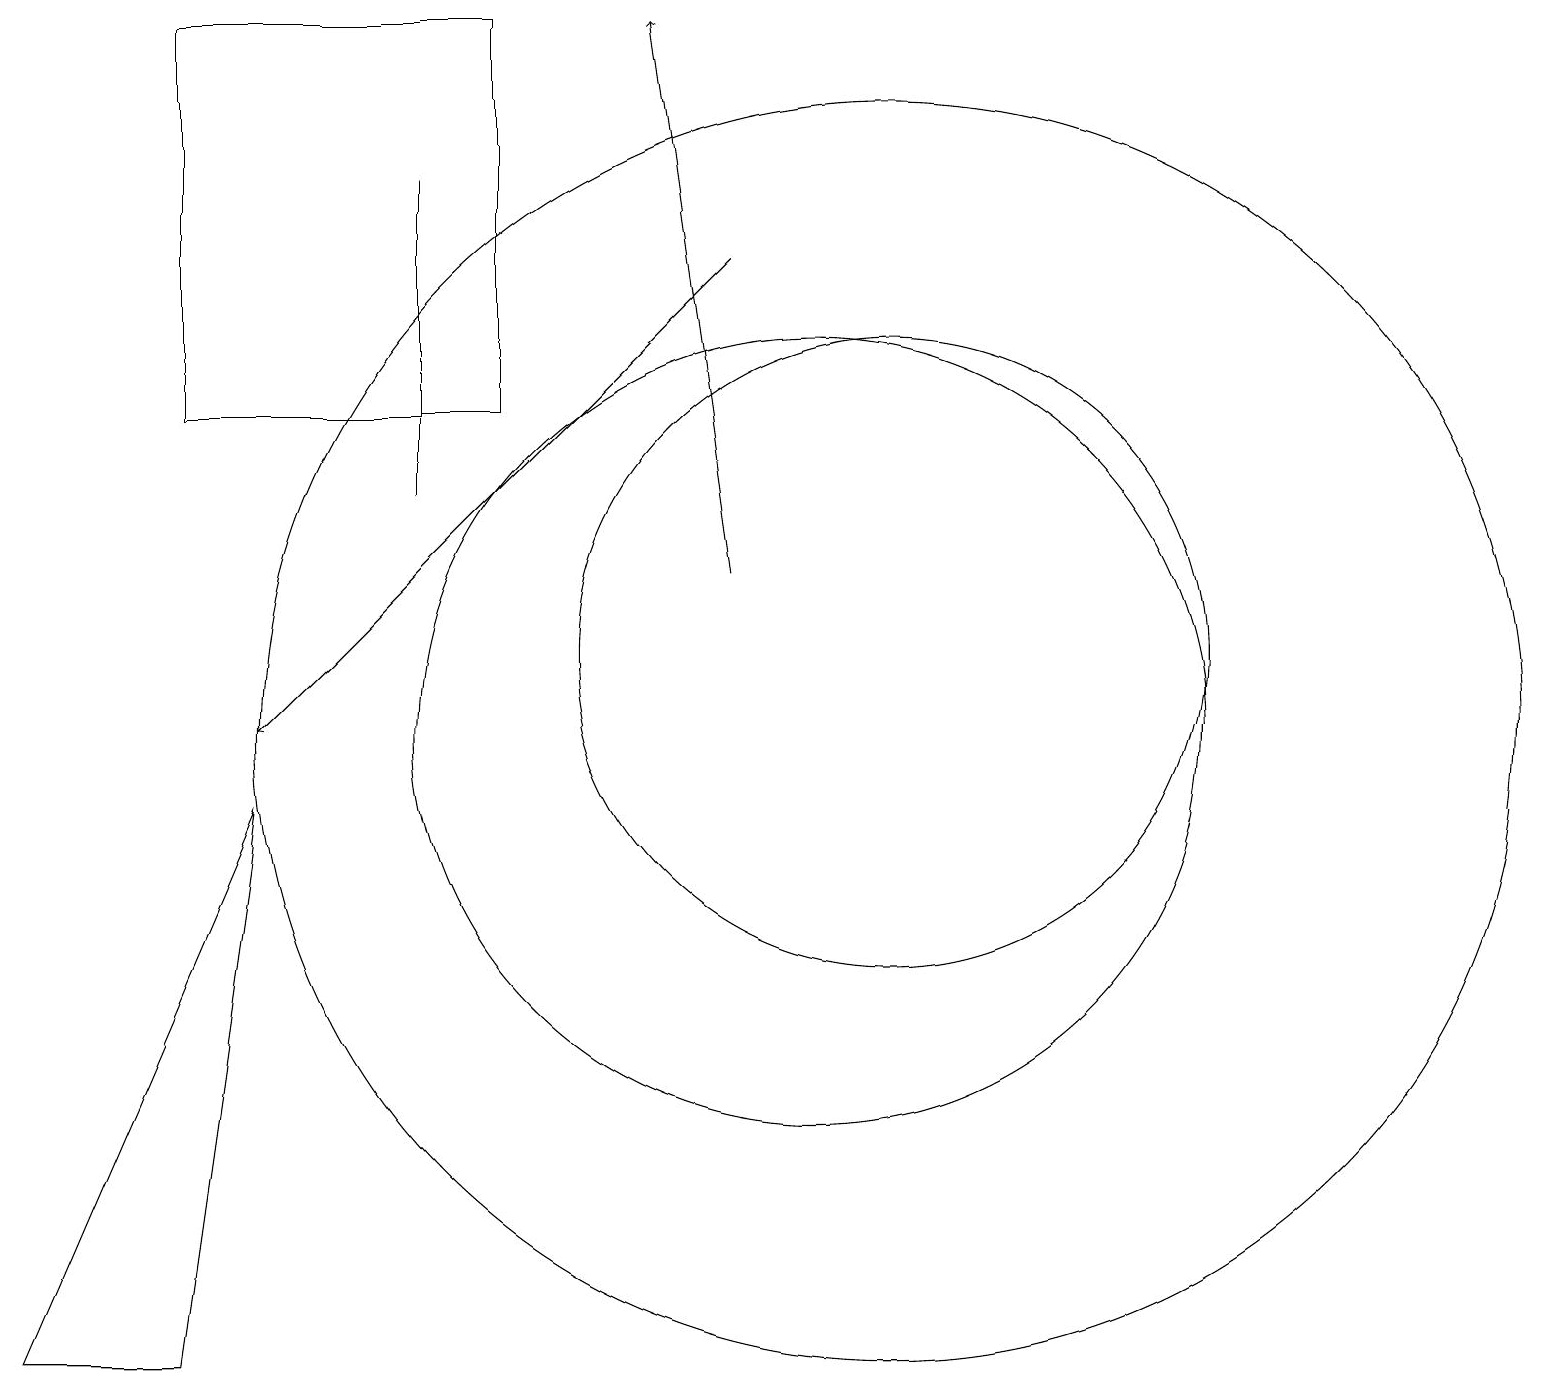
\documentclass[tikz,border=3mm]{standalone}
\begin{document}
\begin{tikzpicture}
\draw (5,17) rectangle (5,13);
\draw (11,10) circle (8);
\draw[->] (9,12) -- (8,19);
\draw (11,11) circle (4);
\draw (2,2) -- (0,2) -- (3,9) -- cycle;
\draw (10,10) circle (5);
\draw[->] (9,16) -- (3,10);
\draw (6,19) rectangle (2,14);
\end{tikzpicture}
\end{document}